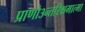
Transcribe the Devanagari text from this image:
प्राणो३न्तरिक्षमात्मा